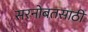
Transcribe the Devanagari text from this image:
सरनोबतसाठी